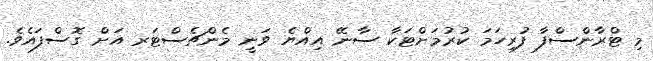
މި ޓްރާންސްފާ ފުރިހަމަ ކުރުމަށްޓަކާ ސާނޭ އިއްޔެ ވަނީ މެންޗެސްޓަރ އަށް ގޮސްފައެވެ.